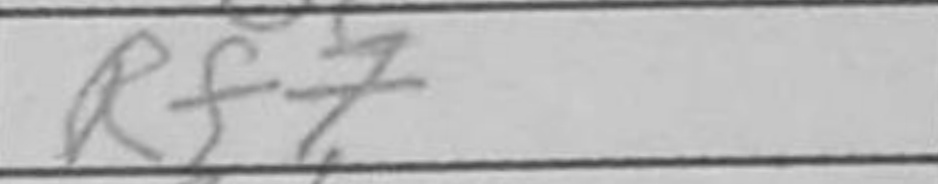
Transcription: Rf7